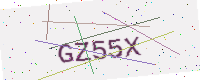
Text: GZ55X